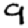
Digit: 9